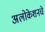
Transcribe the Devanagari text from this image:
अलोकेशनचे